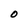
Character: 0